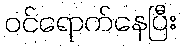
ဝင်ရောက်နေပြီး